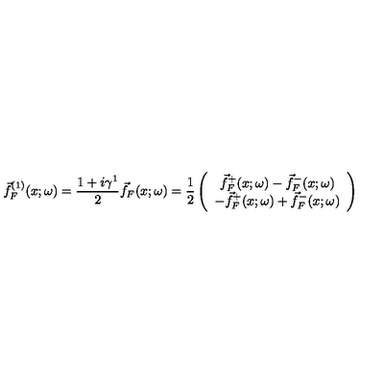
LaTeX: \vec { f } _ { F } ^ { ( 1 ) } ( x ; \omega ) = \frac { 1 + i \gamma ^ { 1 } } { 2 } \vec { f } _ { F } ( x ; \omega ) = \frac { 1 } { 2 } \left( \begin{array} { c } { \vec { f } _ { F } ^ { + } ( x ; \omega ) - \vec { f } _ { F } ^ { - } ( x ; \omega ) } \\ { - \vec { f } _ { F } ^ { + } ( x ; \omega ) + \vec { f } _ { F } ^ { - } ( x ; \omega ) } \\ \end{array} \right)